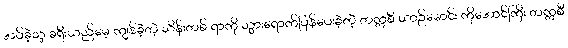
အပ်ခဲ့သူ ခရီးသည်မေ့ ကျန်ခဲ့တဲ့ သိန်းတစ် ရာကို သွားရောက်ပြန်ပေးခဲ့တဲ့ တက္ကစီ ယာဉ်မောင်း ကိုအောင်ကြီး တက္ကစီ